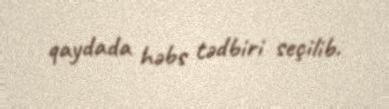
qaydada həbs tədbiri seçilib.